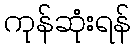
ကုန်ဆုံးရန်